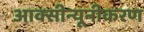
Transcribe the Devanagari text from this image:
आक्सीन्यूनीकरण